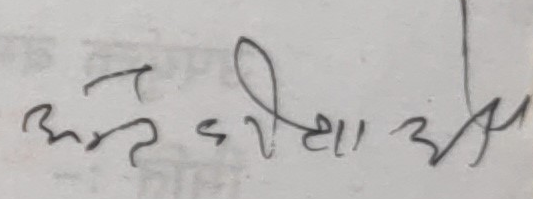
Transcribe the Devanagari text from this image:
अन्तःक्रिया